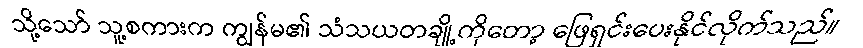
သို့သော် သူ့စကားက ကျွန်မ၏ သံသယတချို့ကိုတော့ ဖြေရှင်းပေးနိုင်လိုက်သည်။